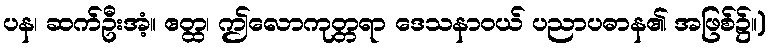
ပန၊ ဆက်ဦးအံ့။ ဧတ္ထ၊ ဤလောကုတ္တရာ ဒေသနာဝယ် ပညာပဓာန၏ အဖြစ်၌။)